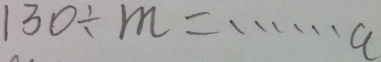
1 3 0 \div m = \cdots a